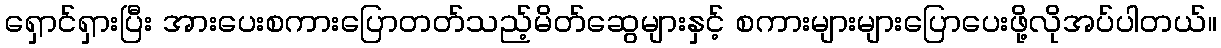
ရှောင်ရှားပြီး အားပေးစကားပြောတတ်သည့်မိတ်ဆွေများနှင့် စကားများများပြောပေးဖို့လိုအပ်ပါတယ်။